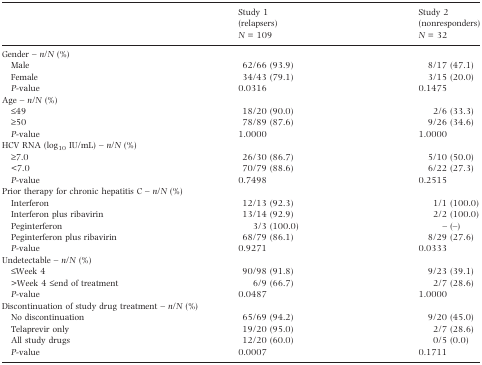
<table><thead><tr><td></td><td><b>Study 1 (relapsers) <i>N </i>= 109</b></td><td><b>Study 2 (nonresponders) <i>N </i>= 32</b></td></tr></thead><tbody><tr><td colspan="3">Gender –<i>n</i>/<i>N</i> (%)</td></tr><tr><td> Male</td><td>62/66 (93.9)</td><td>8/17 (47.1)</td></tr><tr><td> Female</td><td>34/43 (79.1)</td><td>3/15 (20.0)</td></tr><tr><td> <i>P</i>-value</td><td>0.0316</td><td>0.1475</td></tr><tr><td colspan="3">Age –<i>n</i>/<i>N</i> (%)</td></tr><tr><td> ≤49</td><td>18/20 (90.0)</td><td>2/6 (33.3)</td></tr><tr><td> ≥50</td><td>78/89 (87.6)</td><td>9/26 (34.6)</td></tr><tr><td> <i>P</i>-value</td><td>1.0000</td><td>1.0000</td></tr><tr><td colspan="3">HCV RNA (log<sub>10</sub> IU/mL) –<i>n</i>/<i>N</i> (%)</td></tr><tr><td> ≥7.0</td><td>26/30 (86.7)</td><td>5/10 (50.0)</td></tr><tr><td> &lt;7.0</td><td>70/79 (88.6)</td><td>6/22 (27.3)</td></tr><tr><td> <i>P</i>-value</td><td>0.7498</td><td>0.2515</td></tr><tr><td colspan="3">Prior therapy for chronic hepatitis C –<i>n</i>/<i>N</i> (%)</td></tr><tr><td> Interferon</td><td>12/13 (92.3)</td><td>1/1 (100.0)</td></tr><tr><td> Interferon plus ribavirin</td><td>13/14 (92.9)</td><td>2/2 (100.0)</td></tr><tr><td> Peginterferon</td><td>3/3 (100.0)</td><td>– (–)</td></tr><tr><td> Peginterferon plus ribavirin</td><td>68/79 (86.1)</td><td>8/29 (27.6)</td></tr><tr><td> <i>P</i>-value</td><td>0.9271</td><td>0.0333</td></tr><tr><td colspan="3">Undetectable –<i>n</i>/<i>N</i> (%)</td></tr><tr><td> ≤Week 4</td><td>90/98 (91.8)</td><td>9/23 (39.1)</td></tr><tr><td> &gt;Week 4 ≤end of treatment</td><td>6/9 (66.7)</td><td>2/7 (28.6)</td></tr><tr><td> <i>P</i>-value</td><td>0.0487</td><td>1.0000</td></tr><tr><td colspan="3">Discontinuation of study drug treatment –<i>n</i>/<i>N</i> (%)</td></tr><tr><td> No discontinuation</td><td>65/69 (94.2)</td><td>9/20 (45.0)</td></tr><tr><td> Telaprevir only</td><td>19/20 (95.0)</td><td>2/7 (28.6)</td></tr><tr><td> All study drugs</td><td>12/20 (60.0)</td><td>0/5 (0.0)</td></tr><tr><td> <i>P</i>-value</td><td>0.0007</td><td>0.1711</td></tr></tbody></table>